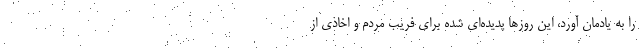
را به یادمان آورد، این روزها پدیده‌ای شده برای فریب مردم و اخاذی از